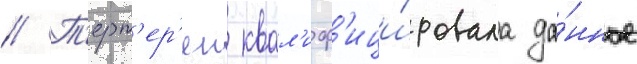
// Т'ерт'ер'ян квал'иф'ици́ровала да́нное